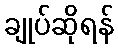
ချုပ်ဆိုရန်